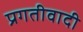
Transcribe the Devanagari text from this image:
प्रगतीवादी